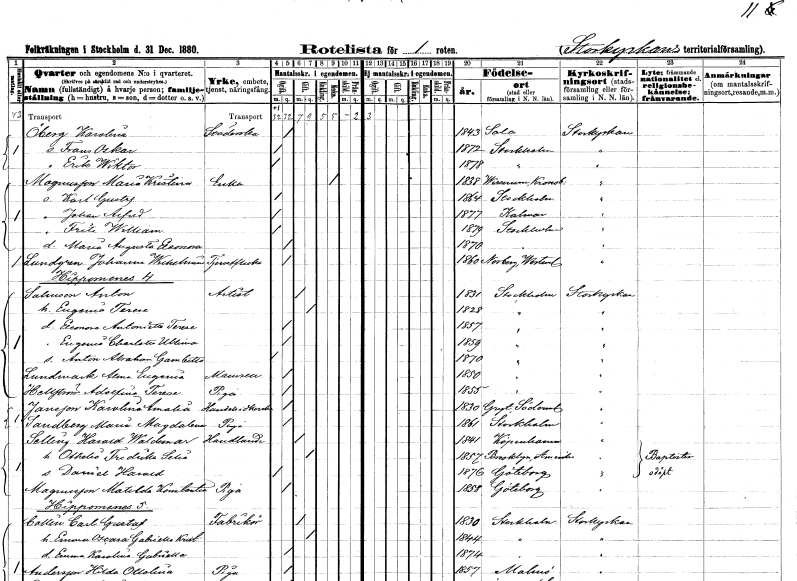
gt_parse: households: individuals: FN: Karolina
EN: Öberg
YRKE: Städerska
KON: K
CIV: O
FODAR: 1843
FODFORS: Sala Västmanlands län
FN: Frans Oskar
KON: M
CIV: O
FODAR: 1872
FODFORS: Stockholm
FN: Erik Wiktor
KON: M
CIV: O
FODAR: 1878
FODFORS: Stockholm
FN: Maria Kristina
EN: Magnusson
YRKE: Änka
KON: K
CIV: E
FODAR: 1838
FODFORS: Visnum Värmlands län
FN: Karl Gustaf
KON: M
CIV: O
FODAR: 1864
FODFORS: Stockholm
FN: Johan Alfred
KON: M
CIV: O
FODAR: 1877
FODFORS: Kalmar Kalmar län
FN: Fritz William
KON: M
CIV: O
FODAR: 1879
FODFORS: Stockholm
FN: Maria Augusta Eleonora
KON: K
CIV: O
FODAR: 1870
FODFORS: Stockholm
FN: Johanna Wilhelmina
EN: Lundgren
YRKE: Tjänsteflicka
KON: K
CIV: O
FODAR: 1860
FODFORS: Norberg Västmanlands län
FN: Anton
EN: Salusson
YRKE: Artist
KON: M
CIV: G
FODAR: 1831
FODFORS: Stockholm
FN: Eugenia Terese
KON: K
CIV: G
FODAR: 1828
FODFORS: Stockholm
FN: Emma Antonietta Terese
KON: K
CIV: O
FODAR: 1857
FODFORS: Stockholm
FN: Eugenia Charlotta Ultina
KON: K
CIV: O
FODAR: 1859
FODFORS: Stockholm
FN: Anton Abraham Gambetto
KON: M
CIV: O
FODAR: 1870
FODFORS: Stockholm
FN: Alma Eugenia
EN: Lundmark
KON: K
CIV: O
FODAR: 1850
FODFORS: Stockholm
FN: Adolfina Terese
EN: Hellström
YRKE: Piga
KON: K
CIV: O
FODAR: 1855
FODFORS: Stockholm
FN: Karolina Amalia
EN: Jansson
YRKE: Handelsidkerska
KON: K
CIV: O
FODAR: 1830
FODFORS: Gryt Södermanlands län
FN: Maria Magdalena
EN: Sandberg
YRKE: Piga
KON: K
CIV: O
FODAR: 1861
FODFORS: Stockholm
FN: Harald Waldemar
EN: Selling
YRKE: Handlande
KON: M
CIV: G
FODAR: 1841
FN: Othelia Fredrika Selia
KON: K
CIV: G
FODAR: 1857
FN: Daniel Harald
KON: M
CIV: O
FODAR: 1876
FODFORS: Göteborg Göteborgs- och Bohuslän
FN: Matilda Konstantia
EN: Magnusson
YRKE: Piga
KON: K
CIV: O
FODAR: 1858
FODFORS: Göteborg Göteborgs- och Bohuslän